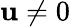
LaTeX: \mathbf u\neq 0